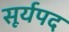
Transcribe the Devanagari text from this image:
सूर्यपद